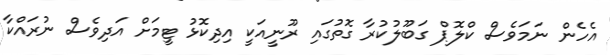
އެހެން ނަމަވެސް ކްލޮޕް ގަބޫލުކުރާ ގޮތުގައި ރޫނީއަކީ އިދިކޮޅު ޓީމަށް އަދިވެސް ނުރައްކާ